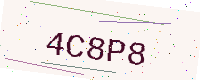
Text: 4C8P8